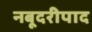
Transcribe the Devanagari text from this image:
नबूदरीपाद